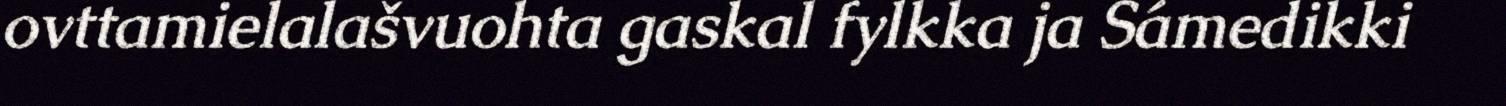
ovttamielalašvuohta gaskal fylkka ja Sámedikki